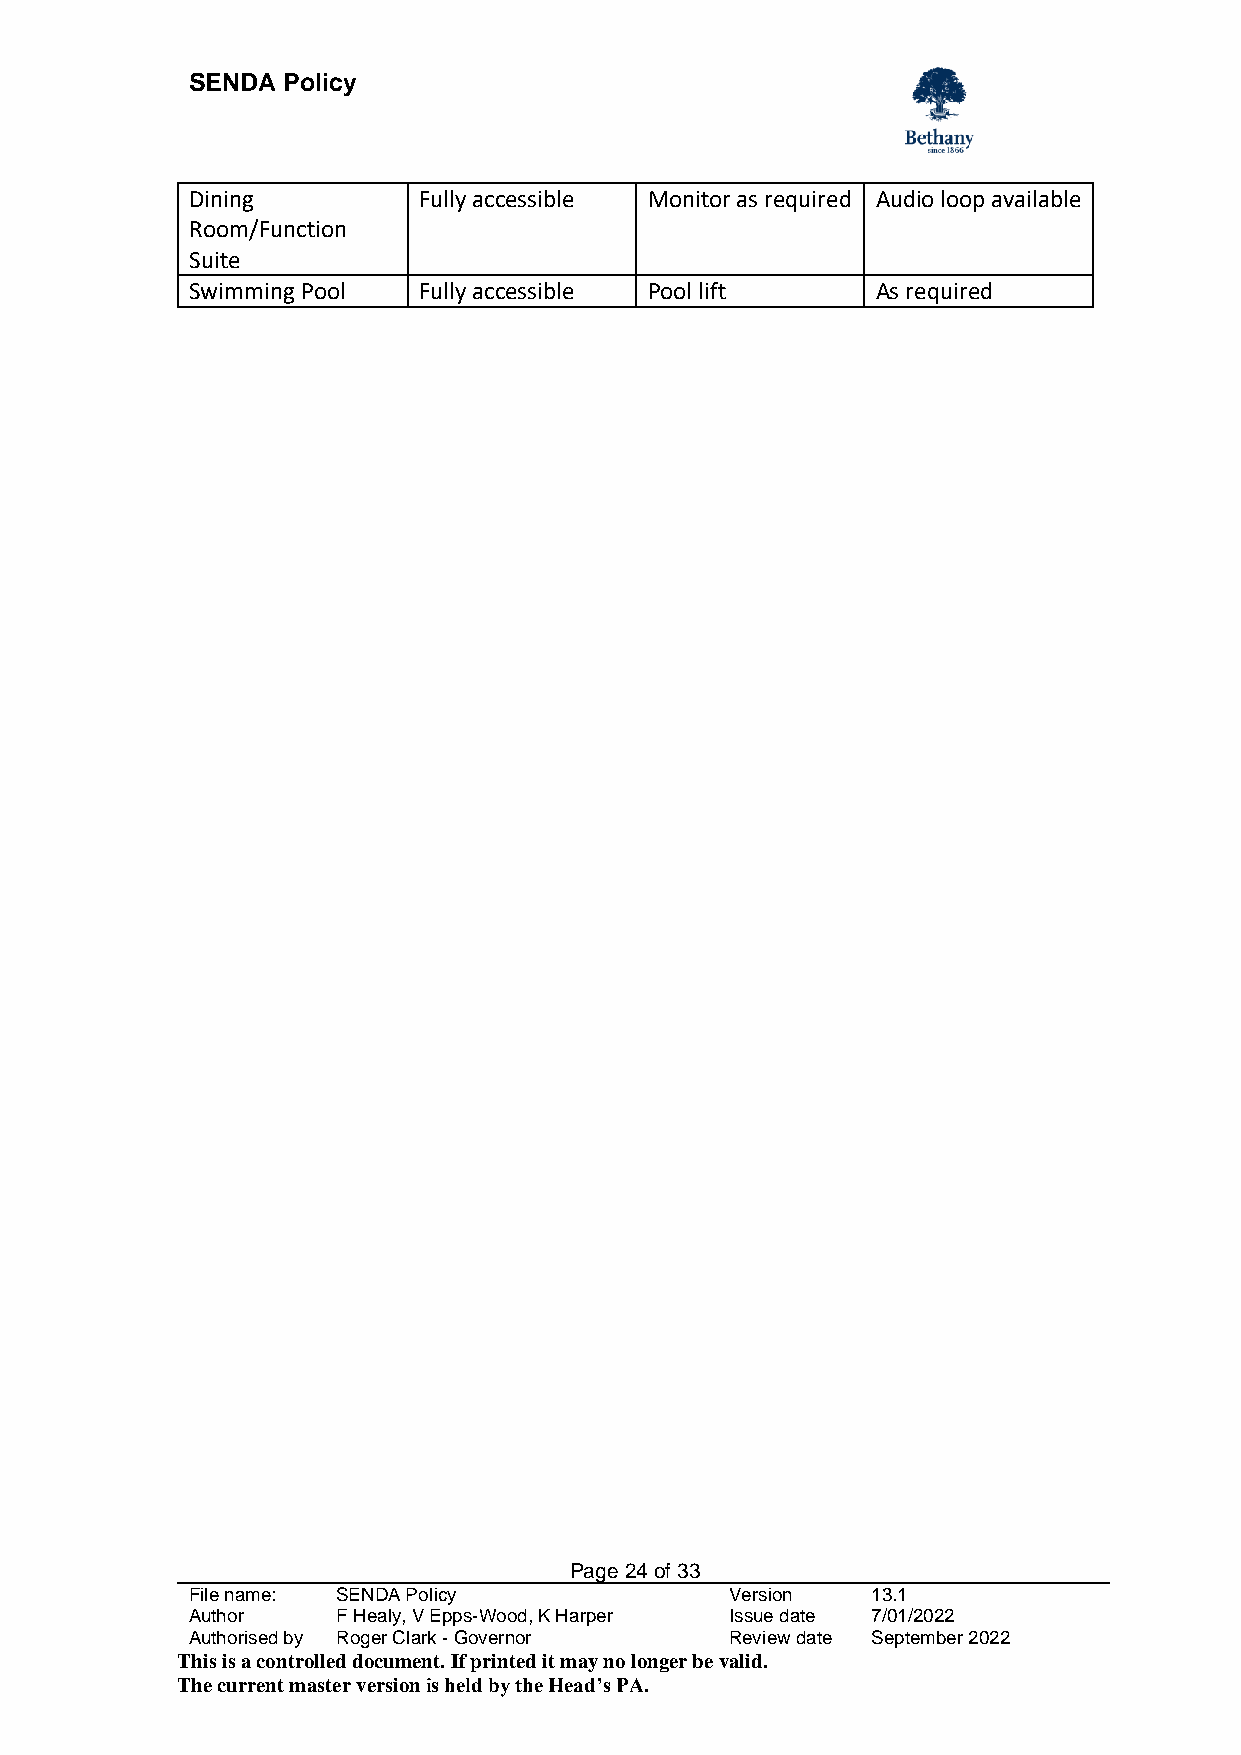
SENDA  Policy
 Dining         Fully accessible Monitor as required Audio loop available
 Room/Function
 Suite
 Swimming Pool  Fully accessible Pool lift    As required
 Page 24 of 33
 File name: SENDA Policy             Version   13.1
 Author    F Healy, V Epps-Wood, K Harper Issue date 7/01/2022
 Authorised by Roger Clark - Governor Review date September 2022
 This is a controlled document. If printed it may no longer be valid.
 The current master version is held by the Head’s PA.